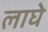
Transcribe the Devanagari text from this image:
लाघे